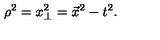
\rho ^ { 2 } = x _ { \perp } ^ { 2 } = \vec { x } ^ { 2 } - t ^ { 2 } .